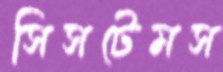
সিসটেমস